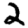
Digit: 2